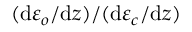
( \mathrm { d } \varepsilon _ { o } / \mathrm { d } z ) / ( \mathrm { d } \varepsilon _ { c } / \mathrm { d } z )